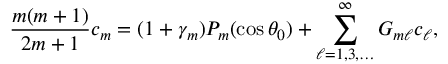
\frac { m ( m + 1 ) } { 2 m + 1 } c _ { m } = ( 1 + \gamma _ { m } ) P _ { m } ( \cos \theta _ { 0 } ) + \sum _ { \ell = 1 , 3 , \ldots } ^ { \infty } G _ { m \ell } c _ { \ell } ,